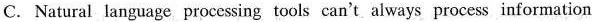
c. Natural language processing tools can't. Always process infornation